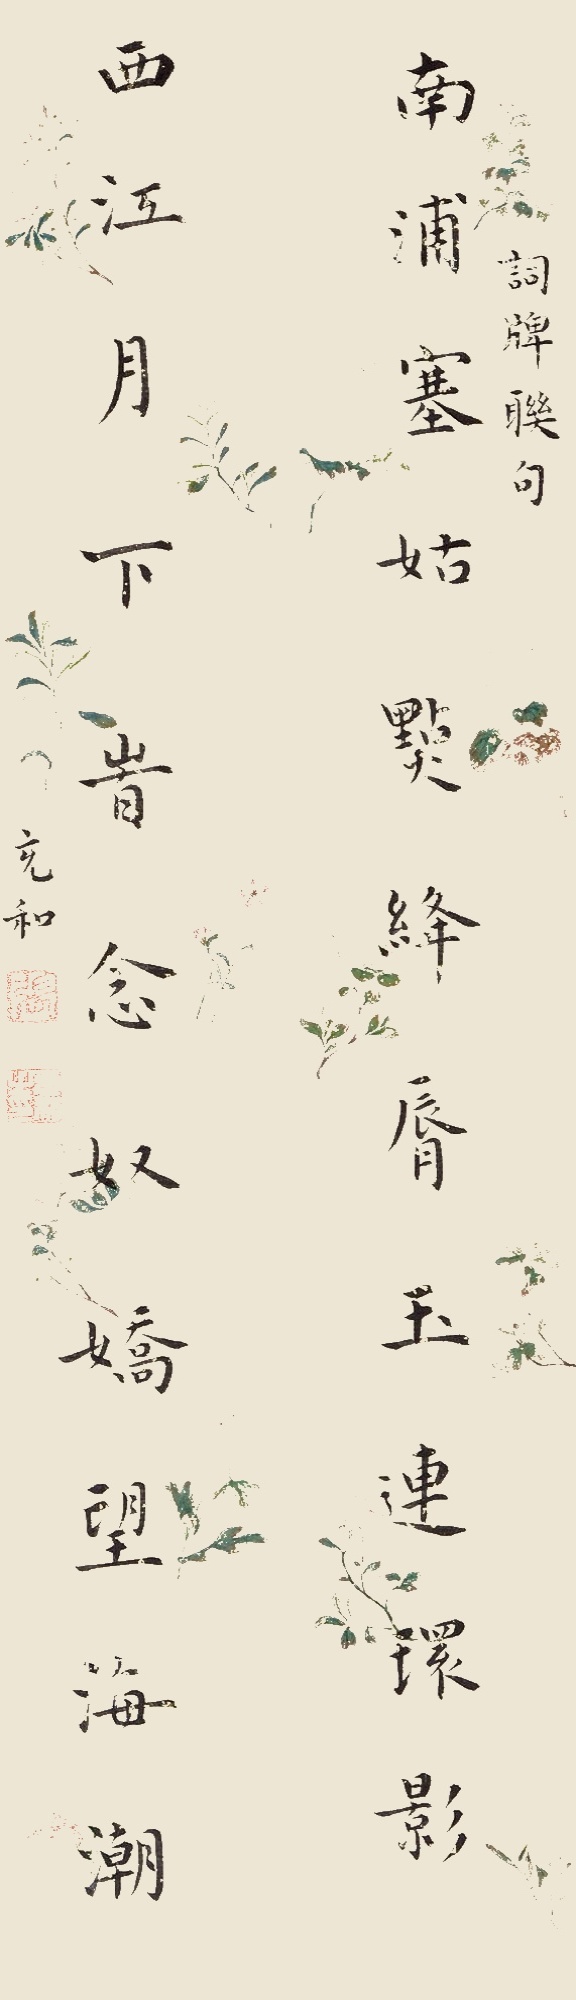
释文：南浦塞姑点绛唇玉连环影，西江月下时念奴娇望海潮。词牌连句充和